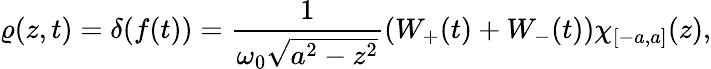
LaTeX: \varrho(z,t)=\delta(f(t))=\frac{1}{\omega_{0}\sqrt{a^{2}-z^{2}}}(W_{+}(t)+W_{-}(t))\chi_{[-a,a]}(z),